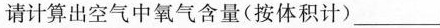
请计算出空气中氧气含量(按体积计)___